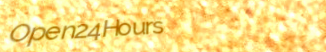
Open24Hours